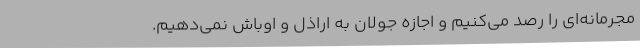
مجرمانه‌ای را رصد می‌کنیم و اجازه جولان به اراذل و اوباش نمی‌دهیم.